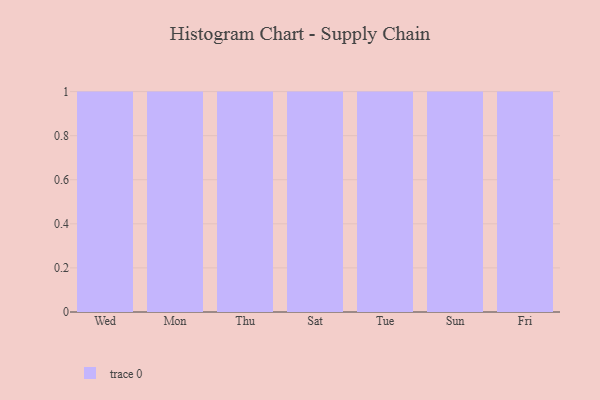
{"axis": {"x": "Day", "y": "Shipments"}, "legend": [""], "data": [{"x": "Wed", "y": 77, "type": ""}, {"x": "Mon", "y": 4, "type": ""}, {"x": "Thu", "y": 25, "type": ""}, {"x": "Sat", "y": 59, "type": ""}, {"x": "Tue", "y": 78, "type": ""}, {"x": "Sun", "y": 42, "type": ""}, {"x": "Fri", "y": 43, "type": ""}]}